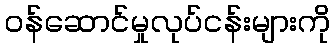
ဝန်ဆောင်မှုလုပ်ငန်းများကို